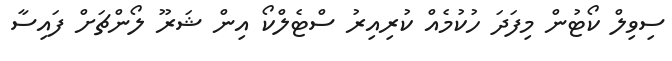
ސިވިލް ކޯޓުން މިފަދަ ހުކުމެއް ކުރިއިރު ސްޓެލްކޯ އިން ޝަރޫ ލޯންޗަށް ފައިސާ